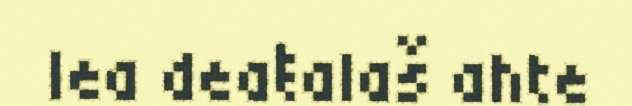
lea deaŧalaš ahte